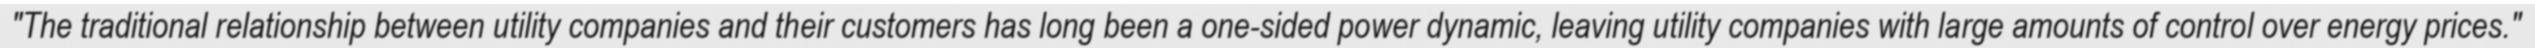
"The traditional relationship between utility companies and their customers has long been a one-sided power dynamic, leaving utility companies with large amounts of control over energy prices."